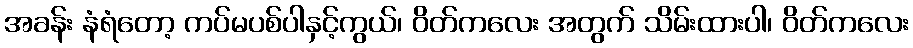
အခန်း နံရံတော့ ကပ်မပစ်ပါနှင့်ကွယ်၊ ဝိတ်ကလေး အတွက် သိမ်းထားပါ၊ ဝိတ်ကလေး